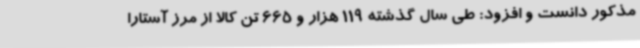
مذکور دانست و افزود: طی سال گذشته 119 هزار و 665 تن کالا از مرز آستارا